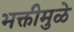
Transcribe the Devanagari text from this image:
भक्तीमुळे